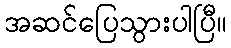
အဆင်ပြေသွားပါပြီ။